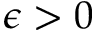
\epsilon > 0